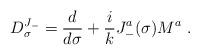
LaTeX: \begin{align*}D^{J_-}_{\sigma} = \frac{d}{d \sigma} + \frac{i}{k} J^a _- (\sigma) M^a ~.\end{align*}